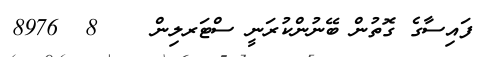
ފައިސާގެ ގޮތުން ބޭނުންކުރަނީ ސްޓަރލިން    8  8976